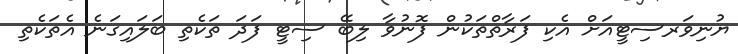
ޔުނިވަރސިޓީއަށް އެކި ފަރާތްތަކުން ފޮނުވާ ލިބޭ ސިޓީ ފަދަ ތަކެތި ބަލައިގަނެ އެތަކެތި